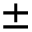
\pm